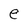
Character: e